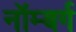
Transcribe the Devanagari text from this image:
नॉम्बर्ग